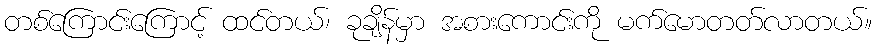
တစ်ကြောင်းကြောင့် ထင်တယ်၊ ခုချိန်မှာ အစားကောင်းကို မက်မောတတ်လာတယ်။